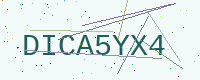
Text: DICA5YX4